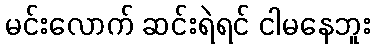
မင်းလောက် ဆင်းရဲရင် ငါမနေဘူး